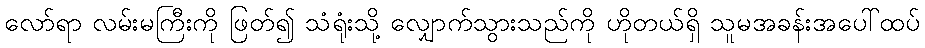
လော်ရာ လမ်းမကြီးကို ဖြတ်၍ သံရုံးသို့ လျှောက်သွားသည်ကို ဟိုတယ်ရှိ သူမအခန်းအပေါ်ထပ်